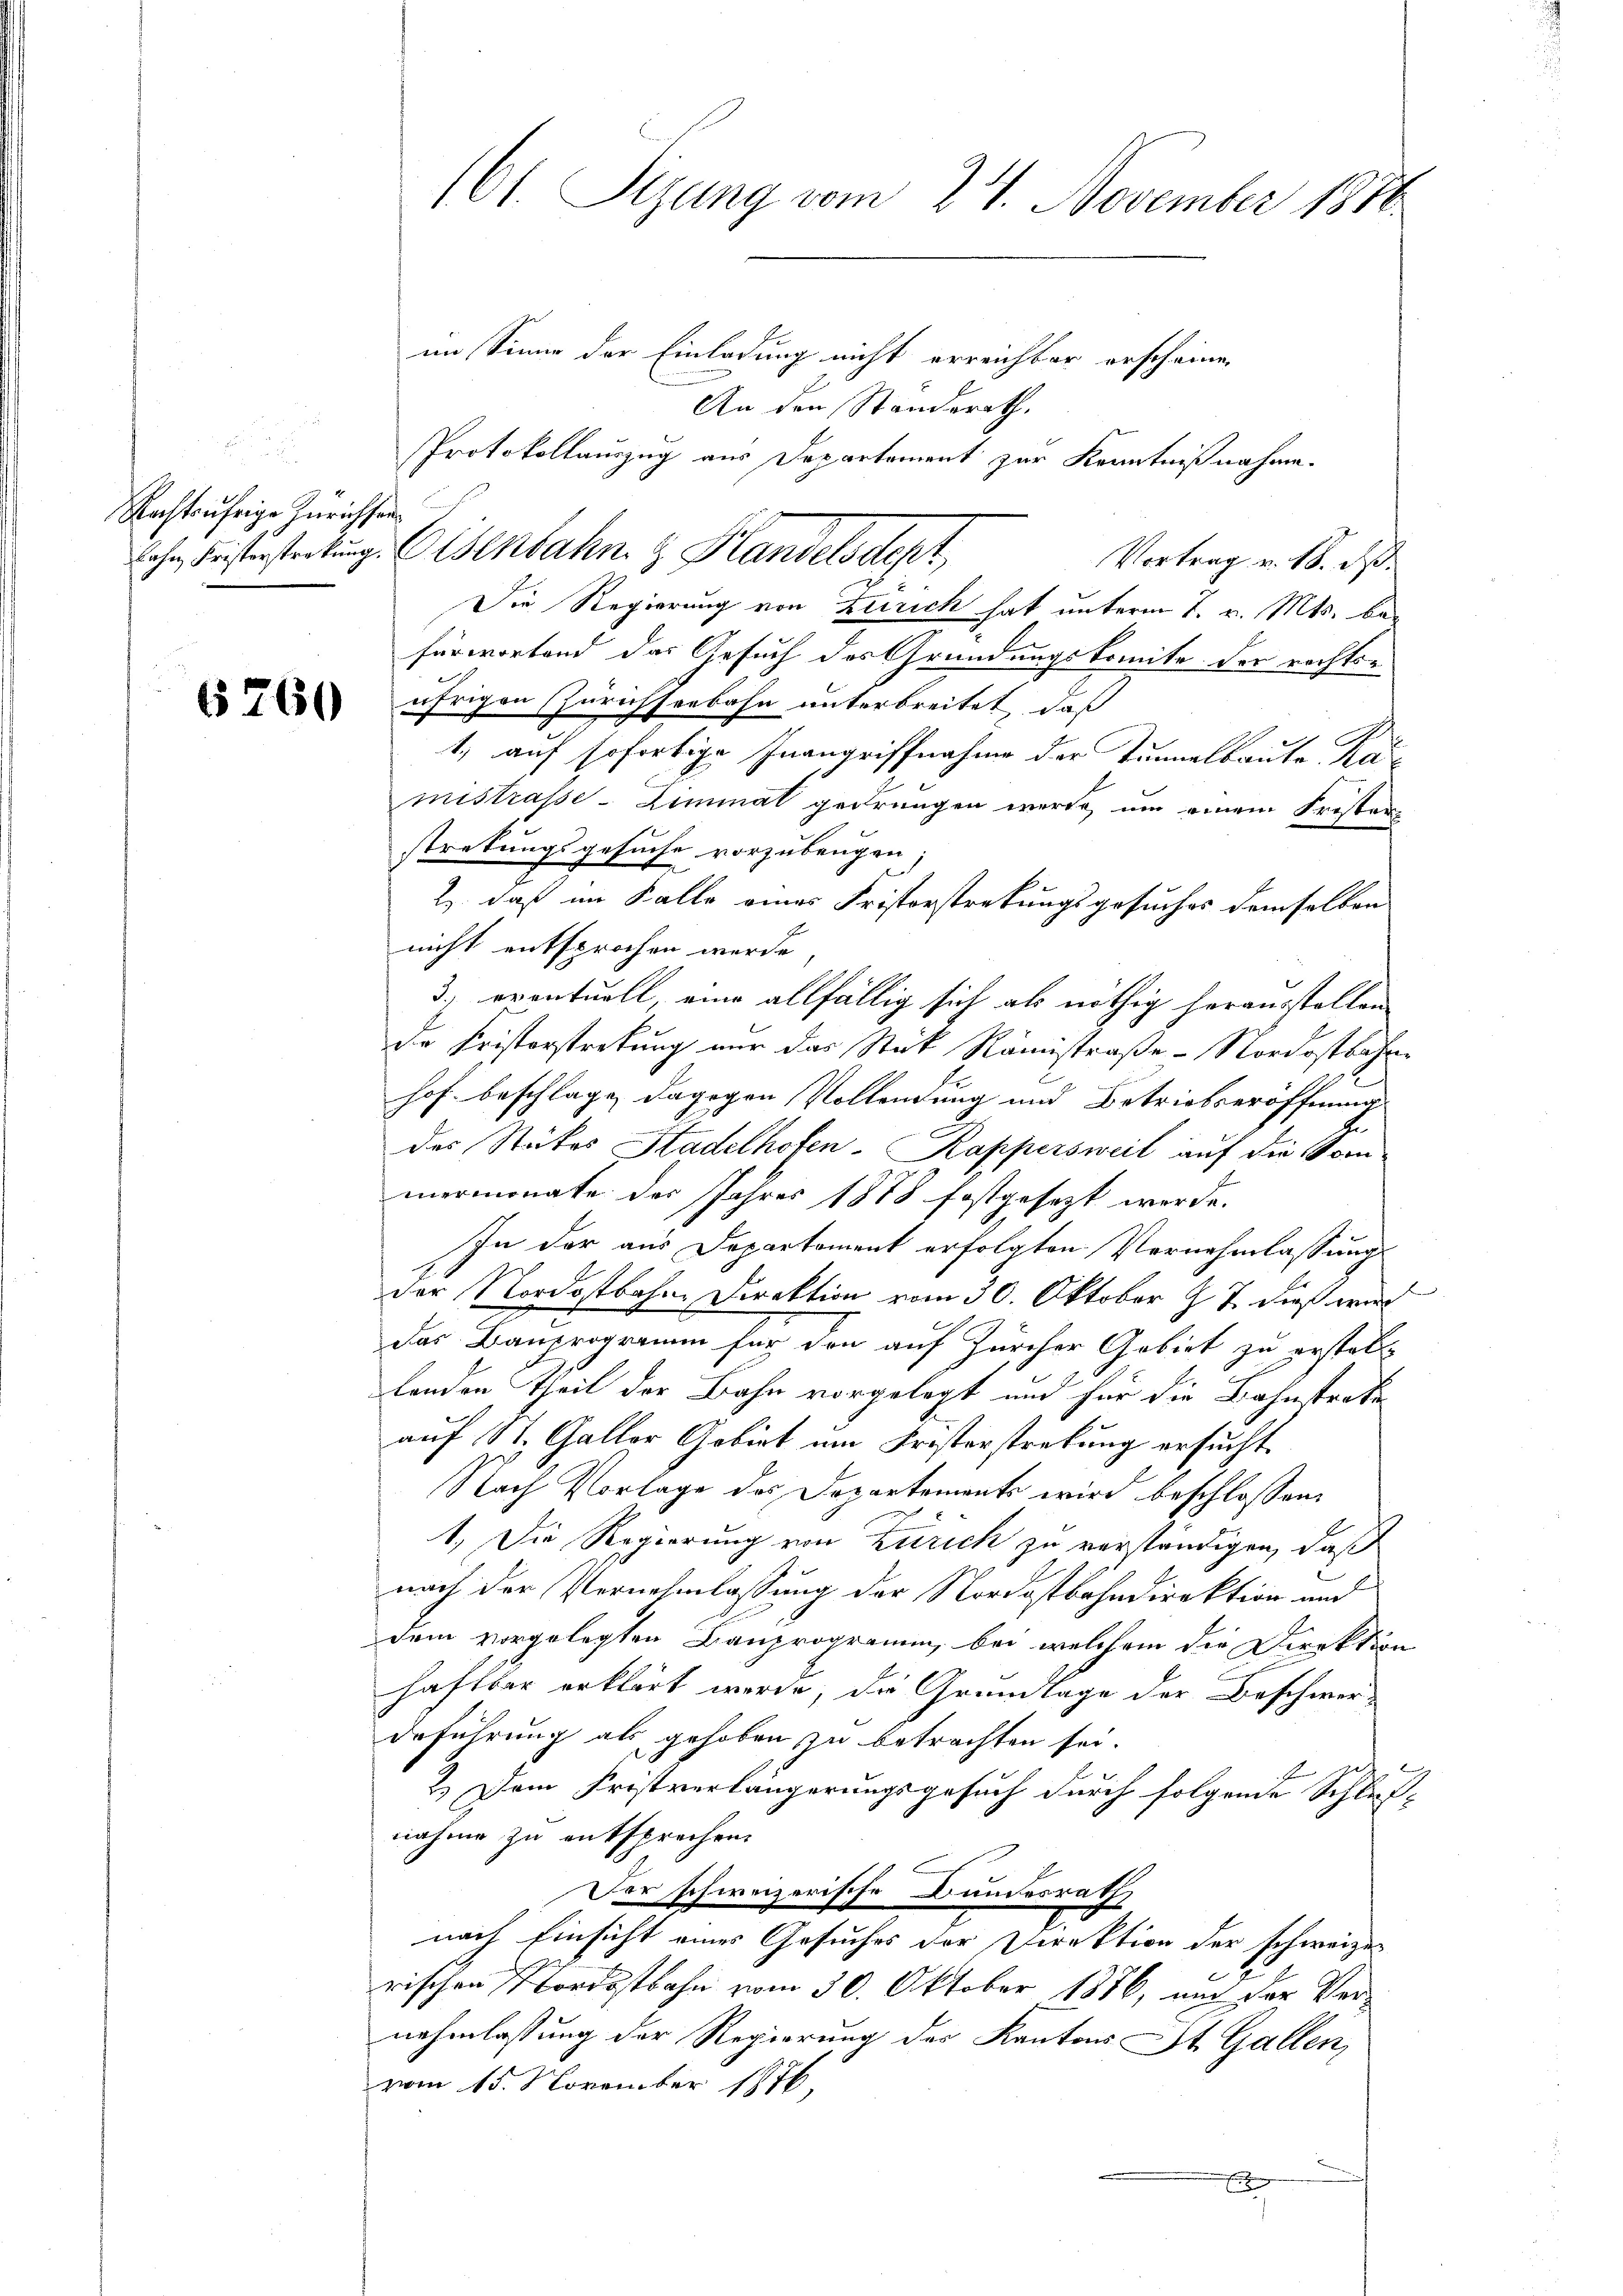
.
u
Rachtjährige Zürichsen

6760

im Sinne der Einladung nicht erreichbar erscheine,
An den Standerath,
Protokollauszug aus Departement zur Kenntnißnahme.
Vortrag v. 18. ds.
Die Regierung von Zürich hat unterm 7. v. Mts. befürwortend das Gesuch des Gründungskomite der rechts-
äfrigen (Zürichseebahn unterbreitet, daß
1., auf sofortige Inangriffnahme der Tunnelbaute Kamistrasse - Limmal gedrungen werde, um einem Fristan
stretungsgesuche vorzubeugen;
2. daß im Falle eines Fristorstretungsgesuches demselben
nicht entsprochen werde.
3.) eventuell, eine allfällig sich als nöthig herausstellen
de Fristorstretung nur das Stück Rännstraße - Nordostbahn-
hof beschlage dagegen Vollendung und Betriebseröffnung
des Statos Stadelhofen. Kappersweil auf die Vor
mermonate des Jahres 1878 festgesezt werde.
In der aus Departement erfolgten Vernehmlassung
der Nordostbahne Direktion vom 30. Oktober J. J. dieß wird
Das Bauprogramm für den auf Zürcher Gebiet zu erstell-
lenden Theil der Bahn vorgelegt und für die Bahnstrate
auf St. Galler Gobirt um Frosterstrebung ersucht.
Nach Vorlage des Departements wird beschlossen:
1. Die Regierung von Zürich zu verständigen, daß
nach der Vernehmlassung der Nordostbahndirektion und
dem vorgelegten Bauprogramm, bei welchem die Direktion
haftbar erklärt werde, die Grundlage der Beschwerdeführung als gehoben zu betrachten sei.
2.) Dem Fristverlängerungsgesuch durch folgende Schluß-
nahme zu entsprochen.
Der schweizerische Bundesrath
nach Einsicht eines Gesuches der Direktion der schweizer
rischen Nordostbahn vom 30. Oktober 1886, um der Ver-
nehmlassung der Regierung der Kantons St. Gallen,
vom 15. November 1876,

161. Sizung vom 24. November 1876

lohr Leisterstertung. Eisenbahn z. Handelsdept,